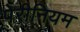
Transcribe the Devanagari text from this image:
पेरीनियम